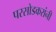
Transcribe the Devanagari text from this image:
परसोडकरांनी